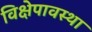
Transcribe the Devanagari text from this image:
विक्षेपावस्था